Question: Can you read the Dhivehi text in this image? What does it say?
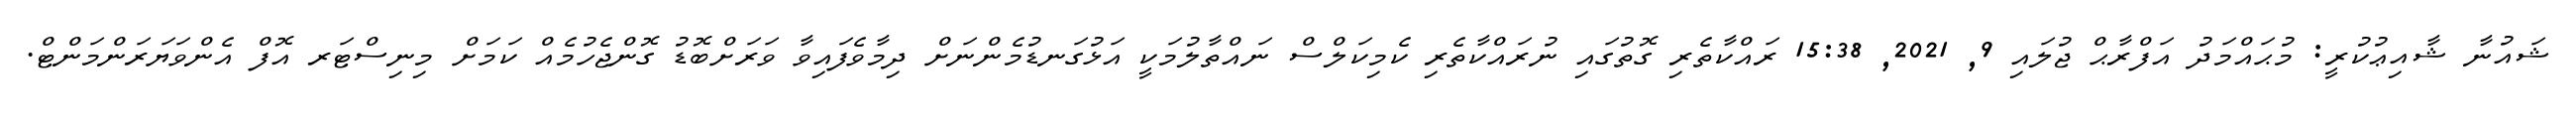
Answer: ޝައުނާ ޝާއިޢުކުރީ: މުޙައްމަދު އަފްރާޙް ޖުލައި 9, 2021, 15:38 ރައްކާތެރި ގޮތުގައި ނުރައްކާތެރި ކެމިކަލްސް ނައްތާލުމަކީ އަޅުގަނޑުމެންނަށް ދިމާވެފައިވާ ވަރަށްބޮޑު ގޮންޖެހުމެއް ކަމަށް މިނިސްޓަރ އޮފް އެންވަޔަރަންމަންޓް.